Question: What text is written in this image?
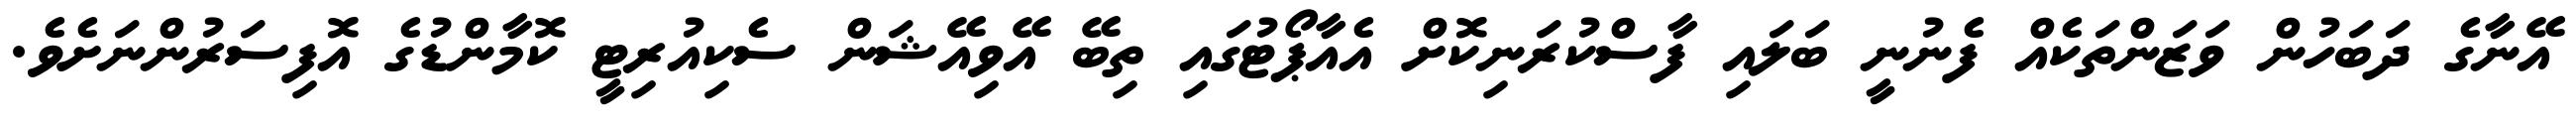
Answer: އޭނާގެ ދަބަހުން ވަޒަންތަކެއް ފެނުނީ ބަލައި ފާސްކުރަނިކޮށް އެއާޕޯޓުގައި ތިބޭ އޭވިއޭޝަން ސެކިއުރިޓީ ކޮމާންޑުގެ އޮފިސަރުންނަށެވެ.